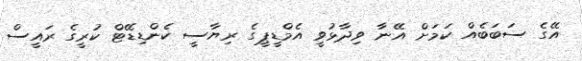
އޭގެ ސަބަބެއް ކަމަށް އޭނާ ވިދާޅުވީ އެމްޑީޕީގެ ރިޔާސީ ކެންޑިޑޭޓް ކުރީގެ ރައީސް